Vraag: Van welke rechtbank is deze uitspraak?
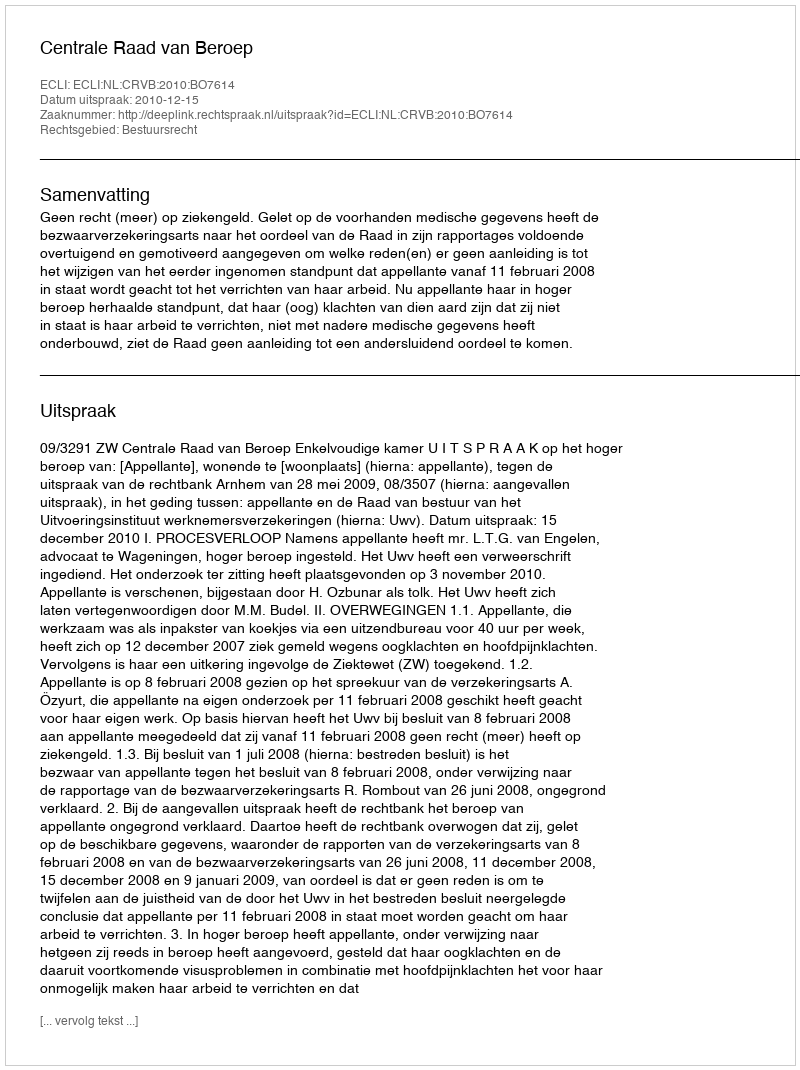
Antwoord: Centrale Raad van Beroep